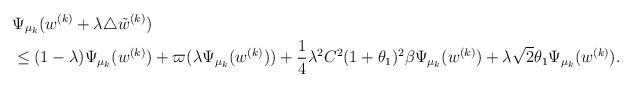
LaTeX: \begin{align*} &\Psi_{\mu_k}(w^{(k)} + \lambda \triangle \tilde{w}^{(k)})\\&\leq (1-\lambda) \Psi_{\mu_k}(w^{(k)})+ \varpi( \lambda\Psi_{\mu_k}(w^{(k)})) + \frac14 \lambda^2 C^2(1+\theta_1)^2\beta \Psi_{\mu_k}(w^{(k)})+ \lambda\sqrt2 \theta_1\Psi_{\mu_k}(w^{(k)}).\end{align*}